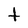
Character: t